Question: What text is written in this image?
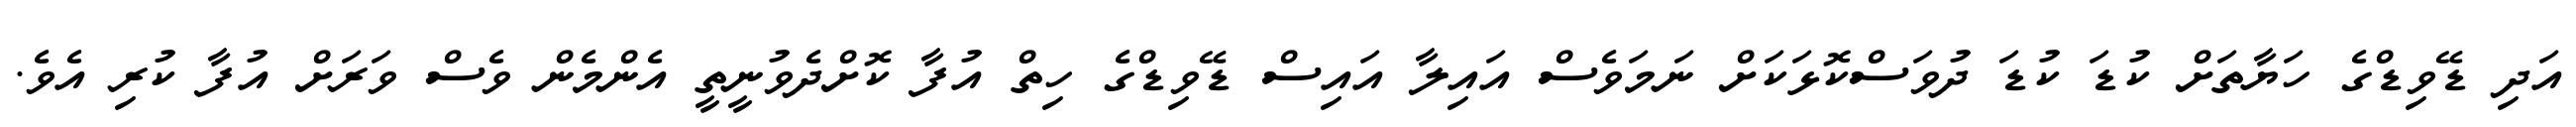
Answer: އަދި ޑޭވިޑްގެ ހަޔާތަށް ކުޑަ ކުޑަ ދުވަސްކޮޅަކަށް ނަމަވެސް އައިލާ އައިސް ޑޭވިޑްގެ ހިތް އުފާ ކޮށްދެވުނީތީ އެންމެން ވެސް ވަރަށް އުފާ ކުރި އެވެ.